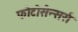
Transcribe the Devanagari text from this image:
फोटोसेन्सर्स